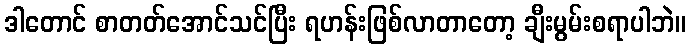
ဒါတောင် စာတတ်အောင်သင်ပြီး ရဟန်းဖြစ်လာတာတော့ ချီးမွမ်းစရာပါဘဲ။